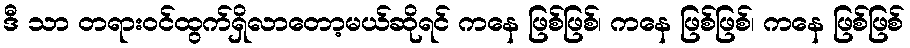
ဒီ သာ တရားဝင်ထွက်ရှိလာတော့မယ်ဆိုရင် ကနေ ဖြစ်ဖြစ်၊ ကနေ ဖြစ်ဖြစ်၊ ကနေ ဖြစ်ဖြစ်